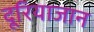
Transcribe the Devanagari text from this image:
दूरियाजान